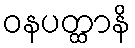
ဝနပတ္ထာနိ